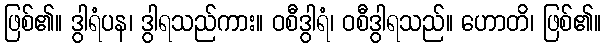
ဖြစ်၏။ ဒွါရံပန၊ ဒွါရသည်ကား။ ဝစီဒွါရံ၊ ဝစီဒွါရသည်။ ဟောတိ၊ ဖြစ်၏။